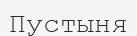
Пустыня